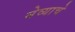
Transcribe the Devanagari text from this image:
मेव्याचे